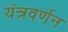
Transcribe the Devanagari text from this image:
यंत्रवर्णन